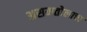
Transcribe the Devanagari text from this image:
असमतोलाचा